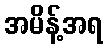
အမိန့်အရ